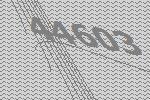
44603